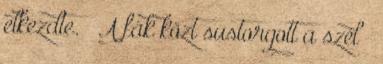
elkezdte. – A fák közt sustorgott a szél –